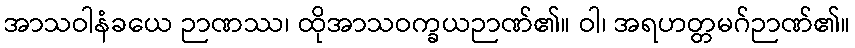
အာသဝါနံခယေ ဉာဏဿ၊ ထိုအာသဝက္ခယဉာဏ်၏။ ဝါ၊ အရဟတ္တမဂ်ဉာဏ်၏။